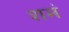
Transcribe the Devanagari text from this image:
शमं